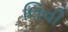
લિવી